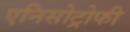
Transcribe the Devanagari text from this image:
एनिसोट्रोफी